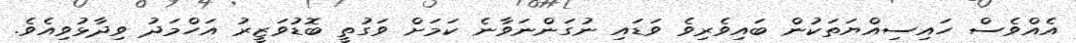
އެއްވެސް ހައިސިއްޔަތަކުން ބައިވެރިވެ ވަޑައި ނުގަންނަވާނެ ކަމަށް ވަގުތީ ބޮޑުވަޒީރު އަހްމަދު ވިދާޅުވިއެވެ.